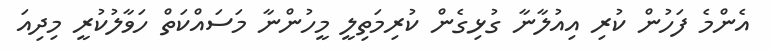
އެންމެ ފަހުން ކުރި އިއުލާނާ ގުޅިގެން ކުރިމަތިލީ މީހުންނާ މަސައްކަތް ހަވާލުކުރީ މިދިއަ